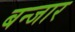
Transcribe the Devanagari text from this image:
बन्जार